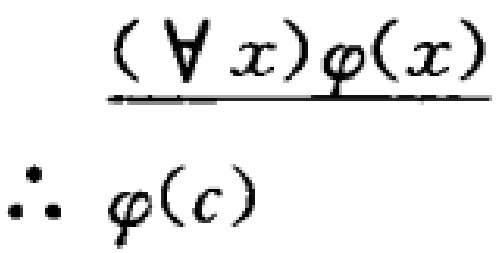
\[
\frac{(\forall x)\varphi(x)}{\therefore \varphi(c)}
\]